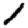
Digit: 1